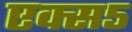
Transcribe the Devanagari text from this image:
एक्स५